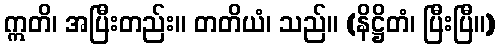
ဣတိ၊ အပြီးတည်း။ တတိယံ၊ သည်။ (နိဋ္ဌိတံ၊ ပြီးပြီ။)